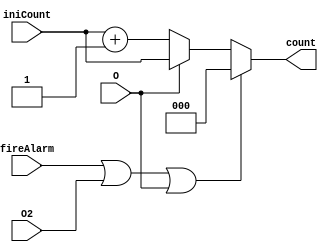
//This is to maintain the count of the number of wrong passwords entered and to reset it.
module counter(input O,input [0:2]iniCount, input fireAlarm,  input O2, output reg [0:2]count);
   always @(*) begin //Triggers whenever any of the input signals change.
      if ((fireAlarm | O2 | O) == 1'b1)
      begin
         count <= 3'b000;// , Resetting 'count' to '000',if any of 'fireAlarm', 'O2'(alarm is disabled), or 'O'(Entered password is correct) is high.
      end
else if(O==1'b0)
begin
count<=iniCount+3'b001;// If entered password is wrong, incrementing the counter
   end
else begin
count<=iniCount;//else maintain the same count
 end
   end
endmodule